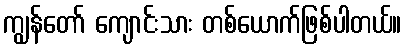
ကျွန်တော် ကျောင်းသား တစ်ယောက်ဖြစ်ပါတယ်။